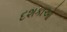
દશકાઓ